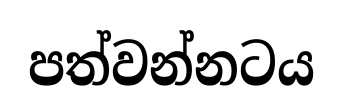
පත්වන්නටය